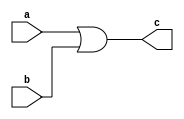
module or_gate(input wire a, input wire b, output reg c);
    
    always @ (a or b)
    begin
        c = a | b;
    end

endmodule